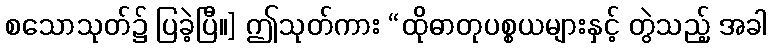
စသောသုတ်၌ ပြခဲ့ပြီ။] ဤသုတ်ကား “ထိုဓာတုပစ္စယများနှင့် တွဲသည့် အခါ